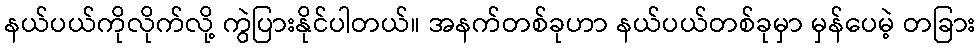
နယ်ပယ်ကိုလိုက်လို့ ကွဲပြားနိုင်ပါတယ်။ အနက်တစ်ခုဟာ နယ်ပယ်တစ်ခုမှာ မှန်ပေမဲ့ တခြား